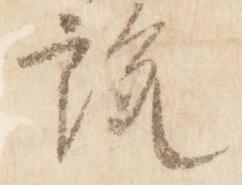
説